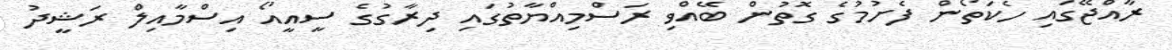
ރާއްޖޭގައި ހެކަތޯން ފެށުމުގެ ގޮތުން ބޭއްވި ރަސްމިއްޔާތުގައި ދިރާގުގެ ސީއީއޯ އިސްމާއިލް ރަޝީދު